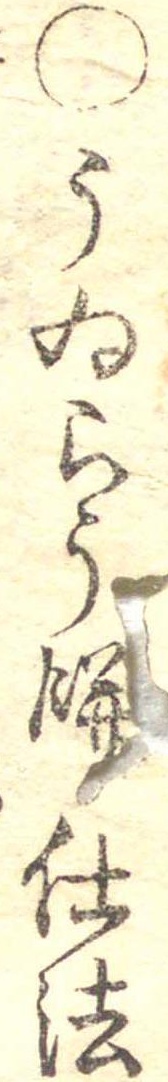
○うゐらう餅仕法